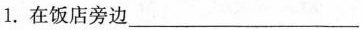
1.在饭店旁边___